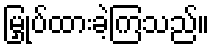
မြှုပ်ထားခဲ့ကြသည်။